Theory and practice of anti-rabic immunisation - Number 30
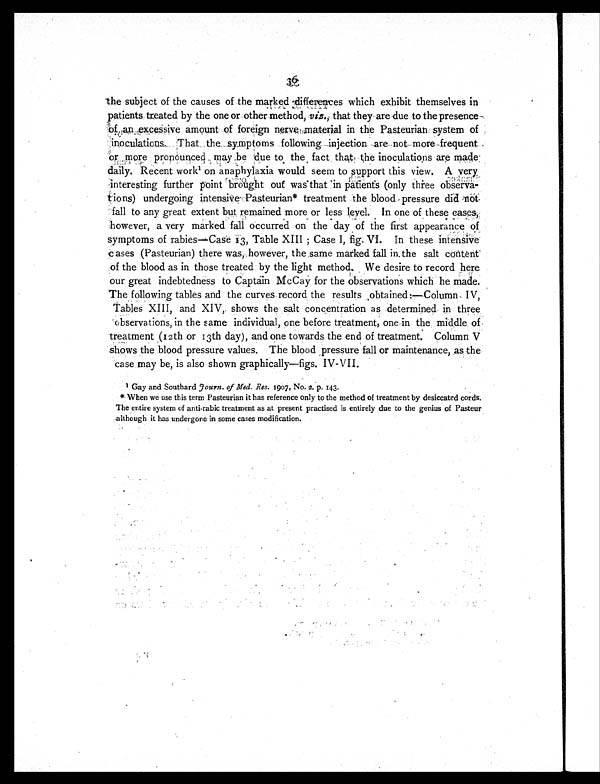
the subject of the causes of the marked differences which exhibit themselves in
patients treated by the one or other method, viz., that they are due to the presence
of an excessive amount of foreign nerve material in the Pasteurian system of
inoculations. That the symptoms following injection are not more frequent
or more pronounced may be due to the fact that the inoculations are made
daily. Recent work1 on anaphylaxia would seem to support this view. A very
interesting further point brought out was that in patients (only three observa-
tions) undergoing intensive Pasteurian* treatment the blood pressure
did not fall to any great extent but remained more or less level. In one of these cases,
however, a very marked fall occurred on the day of the first appearance of
symptoms of rabies—Case 13, Table XIII ; Case I, fig. VI. In these intensive
cases (Pasteurian) there was, however, the same marked fall in the salt content
of the blood as in those treated by the light method. We desire to record here
our great indebtedness to Captain McCay for the observations which he made.
The following tables and the curves record the results obtained:—Column IV,
Tables XIII, and XIV, shows the salt concentration as determined in three
observations, in the same individual, one before treatment, one in the middle of
treatment (12th or 13th day), and one towards the end of treatment. Column V
shows the blood pressure values. The blood pressure fall or maintenance, as the
case may be, is also shown graphically—figs. IV-VII.
1 Gay and Southard Journ. of Med. Res. 1907, No. 2. p. 143.
* When we use this term Pasteurian it has reference only to the method of treatment by desiccated cords.
The entire system of anti-rabic treatment as at present practised is entirely due to the genius of Pasteur
although it has undergone in some cases modification.